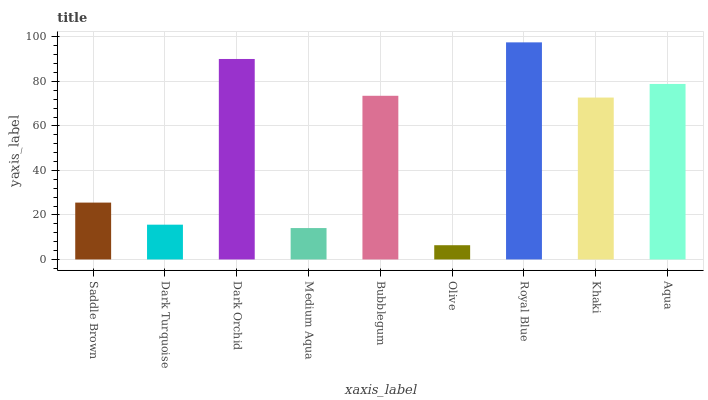
| xaxis_label | bars |
 | --- | --- |
 | Saddle Brown | 25.6 |
 | Dark Turquoise | 15.6 |
 | Dark Orchid | 90.1 |
 | Medium Aqua | 14.1 |
 | Bubblegum | 73.5 |
 | Olive | 6.4 |
 | Royal Blue | 97.5 |
 | Khaki | 72.7 |
 | Aqua | 78.9 |